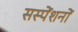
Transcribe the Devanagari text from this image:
सस्पेंशनों